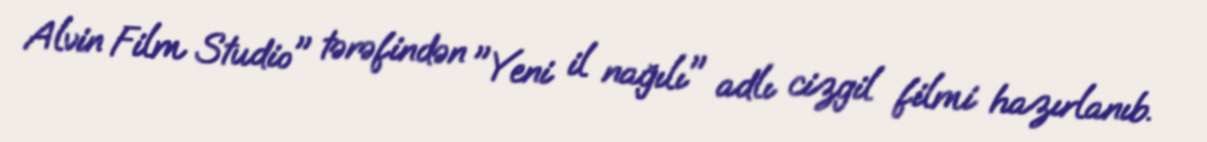
Alvin Film Studio" tərəfindən "Yeni il nağılı" adlı cizgil filmi hazırlanıb.